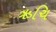
ઋચિ